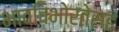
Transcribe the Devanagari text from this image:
भावविभोरतेसह